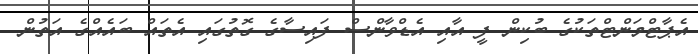
އެޕާޓްމަންޓްތަކުގެ ބުކިން ފީ އާއި އެޑްވާންސް ފަައިސާގެ ގޮތުގައި އެތަައް ބައެއްގެ އަަތުން